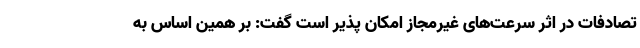
تصادفات در اثر سرعت‌های غیرمجاز امکان پذیر است گفت: بر همین اساس به